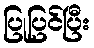
ပြုပြင်ပြီး